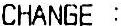
CHANGE :